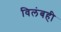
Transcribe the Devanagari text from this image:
विलंबही